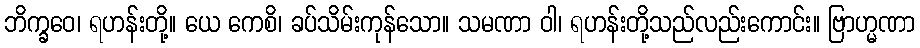
ဘိက္ခဝေ၊ ရဟန်းတို့။ ယေ ကေစိ၊ ခပ်သိမ်းကုန်သော။ သမဏာ ဝါ၊ ရဟန်းတို့သည်လည်းကောင်း။ ဗြာဟ္မဏာ